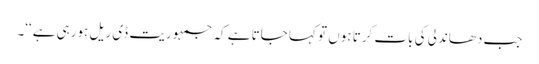
جب دھاندلی کی بات کرتا ہوں تو کہا جاتا ہے کہ جمہوریت ڈی ریل ہورہی ہے‘‘۔